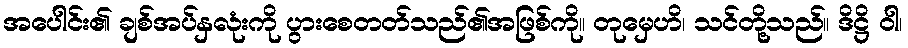
အပေါင်း၏ ချစ်အပ်နှလုံးကို ပွားစေတတ်သည်၏အဖြစ်ကို။ တုမှေဟိ၊ သင်တို့သည်။ ဒိဋ္ဌိ ဝါ၊